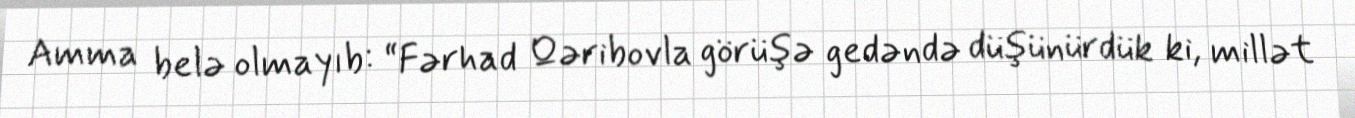
Amma belə olmayıb: “Fərhad Qəribovla görüşə gedəndə düşünürdük ki, millət